Problem: 7 × 3 = ?
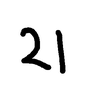
Handwritten answer: 21